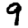
Digit: 9